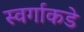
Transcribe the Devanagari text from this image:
स्वर्गाकडे